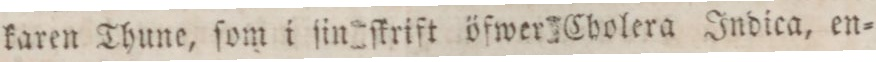
karen Thune, ſom i ſin ſkrift öfwer Cholera Indica, en=